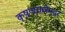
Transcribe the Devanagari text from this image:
कृष्णराजेन्द्र